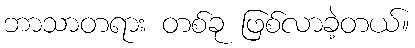
ဘာသာတရား တစ်ခု ဖြစ်လာခဲ့တယ်။